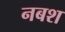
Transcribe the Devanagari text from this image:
नबश